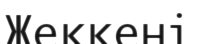
Жеккені